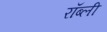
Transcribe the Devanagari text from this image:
रॉब्ली